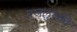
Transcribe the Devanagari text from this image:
प्रजलुस्की